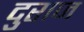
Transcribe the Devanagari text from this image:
दुराज